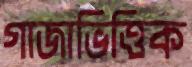
গাজাভিত্তিক